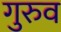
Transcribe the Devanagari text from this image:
गुरुव